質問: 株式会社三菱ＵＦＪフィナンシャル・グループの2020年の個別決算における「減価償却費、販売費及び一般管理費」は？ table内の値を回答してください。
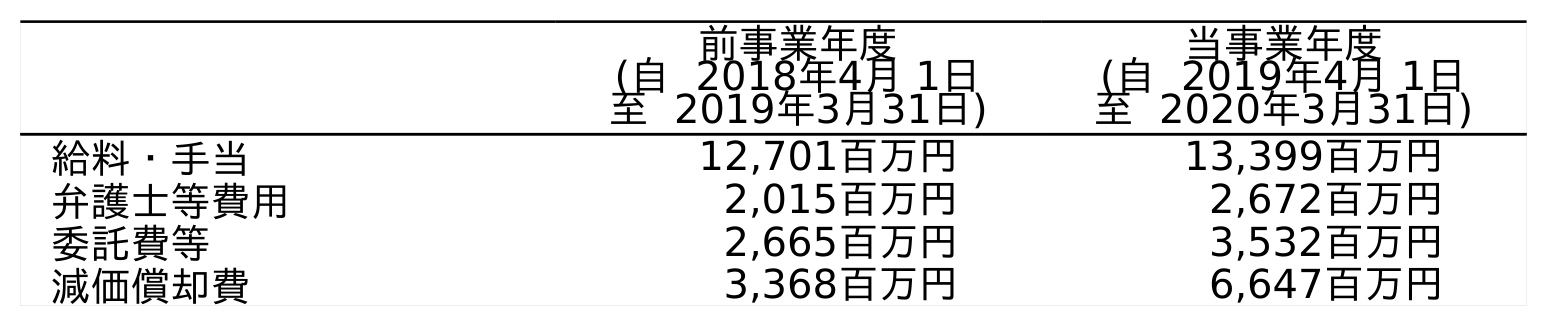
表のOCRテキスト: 前事業年度 (自 2018年4月 1日 至 2019年3月31日) 当事業年度 (自 2019年4月 1日 至 2020年3月31日) 給料・手当 12,701百万円 13,399百万円 弁護士等費用 2,015百万円 2,672百万円 委託費等 2,665百万円 3,532百万円 減価償却費 3,368百万円 6,647百万円
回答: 6,647